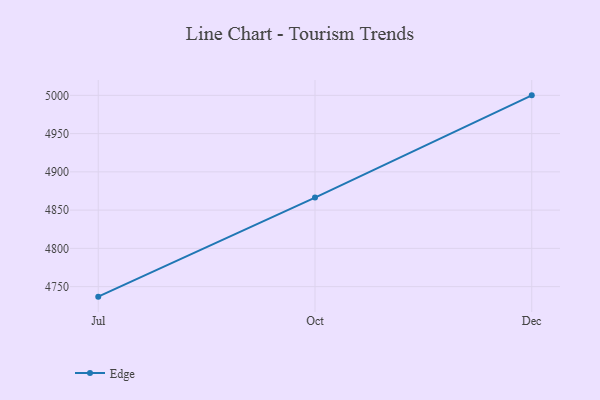
{"axis": {"x": "Month", "y": "Operating Costs (USD K)"}, "legend": ["Edge"], "data": [{"x": "Jul", "y": 4736.9, "type": "Edge"}, {"x": "Oct", "y": 4866.4, "type": "Edge"}, {"x": "Dec", "y": 5000, "type": "Edge"}]}